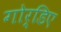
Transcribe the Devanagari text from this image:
गोर्डिए